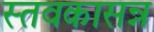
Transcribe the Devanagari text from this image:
स्तवकासन्न